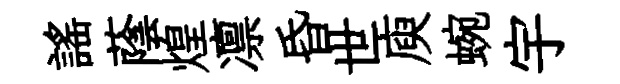
謡蔭煌凛昏世庾蜿宇